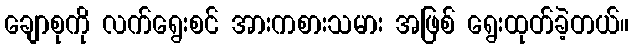
ချောစုကို လက်ရွေးစင် အားကစားသမား အဖြစ် ရွေးထုတ်ခဲ့တယ်။